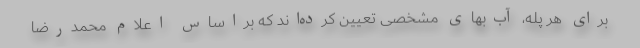
برای هر پله، آب‌بهای مشخصی تعیین کرده‌اند که براساس اعلام محمدرضا